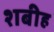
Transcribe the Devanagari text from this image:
शबीह